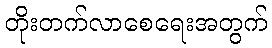
တိုးတက်လာစေရေးအတွက်